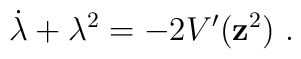
\dot{\lambda}+\lambda ^2=-2V'({\bf z}^2)\ .